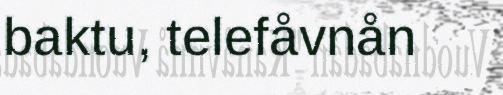
baktu, telefåvnån